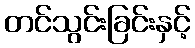
တင်သွင်းခြင်းနှင့်